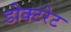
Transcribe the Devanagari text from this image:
डोक्टरेट